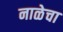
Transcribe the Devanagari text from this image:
नाळेचा